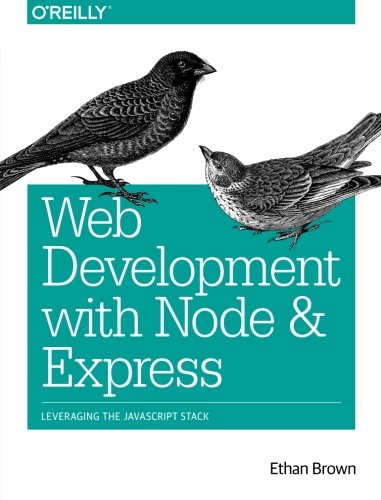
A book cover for Web Development with Node and Express: Leveraging the JavaScript Stack; Ethan Brown; Computers & Technology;